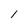
Character: 1